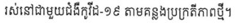
រស់នៅជាមួយជំងឺកូវីដ-១៩ តាមគន្លងប្រក្រតីភាពថ្មី។